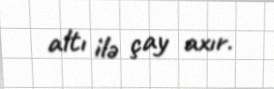
altı ilə çay axır.